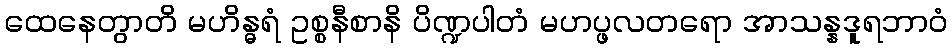
ထေနေတွာတိ မဟိန္ဓရံ ဥစ္စနီစာနိ ပိဏ္ဍပါတံ မဟပ္ဖလတရော အာသန္နဒူရဘာဝံ